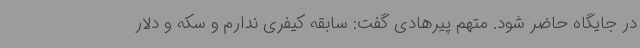
در جایگاه حاضر شود. متهم پیرهادی گفت: سابقه کیفری ندارم و سکه و دلار